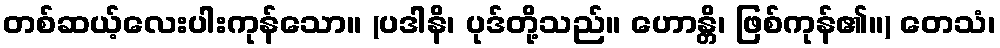
တစ်ဆယ့်လေးပါးကုန်သော။ (ပဒါနိ၊ ပုဒ်တို့သည်။ ဟောန္တိ၊ ဖြစ်ကုန်၏။) တေသံ၊